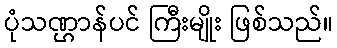
ပုံသဏ္ဌာန်ပင် ကြီးမျိုး ဖြစ်သည်။